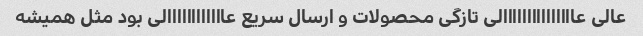
عالی عااااااااااااااالی تازگی محصولات و ارسال سریع عاااااااااااالی بود مثل همیشه